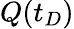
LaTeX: Q(t_{D})